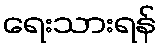
ရေးသားရန်